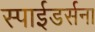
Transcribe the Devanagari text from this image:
स्पाईडर्सना